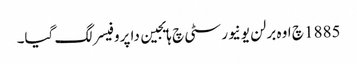
1885 چ اوہ برلن یونیورسٹی چ ہایجین دا پروفیسر لگ گیا۔